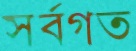
সর্বগত